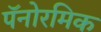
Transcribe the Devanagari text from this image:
पॅनोरमिक